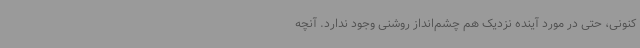
کنونی، حتی در مورد آینده نزدیک هم چشم‌انداز روشنی وجود ندارد. آنچه